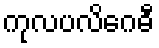
ကုလပလိဂေဓီ